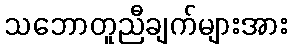
သဘောတူညီချက်များအား